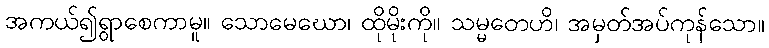
အကယ်၍ရွာစေကာမူ။ သောမေဃော၊ ထိုမိုးကို။ သမ္မတေဟိ၊ အမှတ်အပ်ကုန်သော။